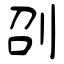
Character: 刟